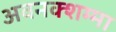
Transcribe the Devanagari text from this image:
अवनक्शम्मा